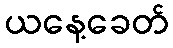
ယနေ့ခေတ်